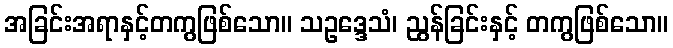
အခြင်းအရာနှင့်တကွဖြစ်သော။ သဥဒ္ဒေသံ၊ ညွန်ခြင်းနှင့် တကွဖြစ်သော။